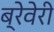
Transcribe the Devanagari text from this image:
ब्रेवेरी